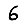
Digit: 6